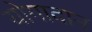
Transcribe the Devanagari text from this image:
योगादान